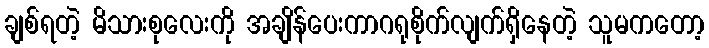
ချစ်ရတဲ့ မိသားစုလေးကို အချိန်ပေးကာဂရုစိုက်လျက်ရှိနေတဲ့ သူမကတော့